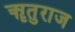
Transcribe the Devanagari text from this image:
ॠतुराज